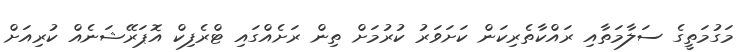
މަގުމަތީގެ ސަލާމަތާއި ރައްކާތެރިކަން ކަށަވަރު ކުރުމަށް ތިން ރަށެއްގައި ޓްރެފިކް އޮޕަރޭޝަނެއް ކުރިއަށް